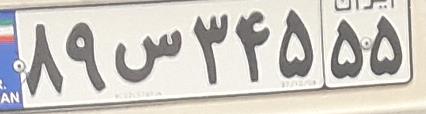
۸۹س۳۴۵۵۵